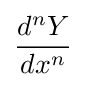
{\frac {d^{n}Y}{dx^{n}}}